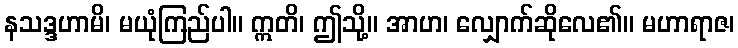
နသဒ္ဒဟာမိ၊ မယုံကြည်ပါ။ ဣတိ၊ ဤသို့။ အာဟ၊ လျှောက်ဆိုလေ၏။ မဟာရာဇ၊